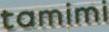
tamimi